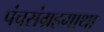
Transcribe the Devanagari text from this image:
पंचसंग्रहगाथा